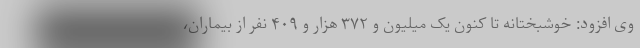
وی افزود: خوشبختانه تا کنون یک میلیون و ۳۷۲ هزار و ۴۰۹ نفر از بیماران،